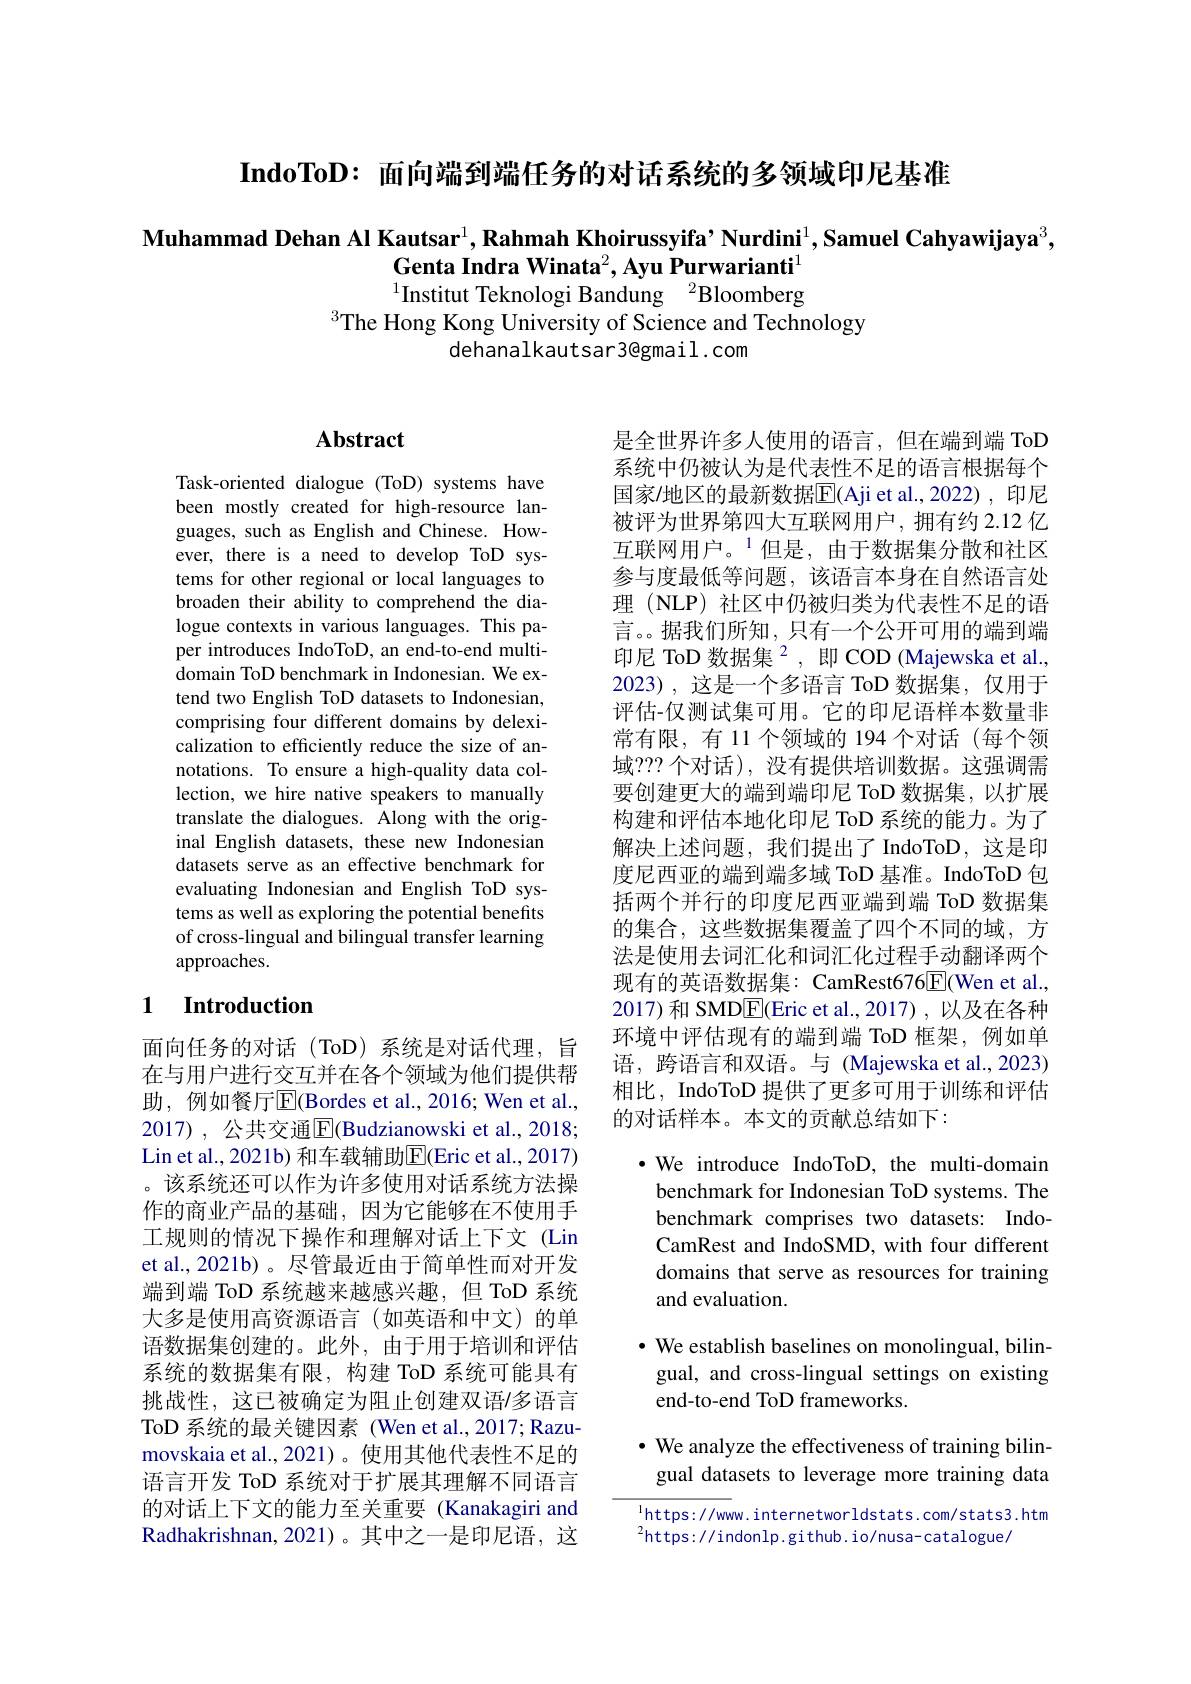
IndoToD: 面向端到端任务的对话系统的多领域印尼基准

Muhammad Dehan Al Kautsar$^1,\textbf{RahmahKhoirussyifa’Nurdini}^1,\textbf{Samuel Cahyawijaya}^3$,
Genta Indra Winata$^2,\textbf{Ayu Purwarianti}^{1}$ $^{1}$Institut Teknologi Bandung$\:^2$Bloomberg
$^{3}$The Hong Kong University of Science and Technology
dehanalkautsar3@gmail.com

## $\mathbf{Abstract}$

Task-oriented dialogue (ToD) systems have been mostly created for high-resource languages, such as English and Chinese. However, there is a need to develop ToD systems for other regional or local languages to broaden their ability to comprehend the dialogue contexts in various languages. This paper introduces IndoToD, an end-to-end multidomain ToD benchmark in Indonesian. We extend two English ToD datasets to Indonesian, comprising four different domains by delexicalization to efficiently reduce the size of annotations. To ensure a high-quality data collection, we hire native speakers to manually translate the dialogues. Along with the original English datasets, these new Indonesian datasets serve as an effective benchmark for evaluating Indonesian and English ToD systems as well as exploring the potential benefits of cross-lingual and bilingual transfer learning approaches.

### 1 $\textbf{Introduction}$

面向任务的对话(ToD)系统是对话代理，旨在与用户进行交互并在各个领域为他们提供帮助，例如餐厅$\overline{\mathrm{E}}($Bordes et al.,2016; Wen et al., 2017) , 公共交通$\boxed{\mathrm{E}}($Budzianowski et al., 2018; Lin et al., 2021b) 和车载辅助$\overline{\mathrm{E}}($Eric et al., 2017) 。该系统还可以作为许多使用对话系统方法操作的商业产品的基础，因为它能够在不使用手工规则的情况下操作和理解对话上下文 (Lin et al.,2021b)。尽管最近由于简单性而对开发端到端 ToD 系统越来越感兴趣，但 ToD 系统大多是使用高资源语言(如英语和中文)的单语数据集创建的。此外，由于用于培训和评估系统的数据集有限，构建 ToD 系统可能具有挑战性，这已被确定为阻止创建双语/多语言ToD 系统的最关键因素 (Wen et al.,2017; Razumovskaia et al.,2021)。使用其他代表性不足的语言开发 ToD 系统对于扩展其理解不同语言的对话上下文的能力至关重要 (Kanakagiri and Radhakrishnan, 2021)。其中之一是印尼语，这

是全世界许多人使用的语言，但在端到端 ToD 系统中仍被认为是代表性不足的语言根据每个国家/地区的最新数据$\overline{\mathbb{E}}($Aji et al.,2022),印尼被评为世界第四大互联网用户，拥有约 2.12 亿互联网用户。$^{1}$但是，由于数据集分散和社区参与度最低等问题，该语言本身在自然语言处理 (NLP) 社区中仍被归类为代表性不足的语言。据我们所知，只有一个公开可用的端到端印尼 ToD 数据集$^2$,即 COD (Majewska et al., 2023),这是一个多语言 ToD 数据集，仅用于评估-仅测试集可用。它的印尼语样本数量非常有限，有 11 个领域的 194 个对话(每个领域？?? 个对话), 没有提供培训数据。这强调需要创建更大的端到端印尼 ToD 数据集，以扩展构建和评估本地化印尼 ToD 系统的能力。为了解决上述问题，我们提出了 IndoToD,这是印度尼西亚的端到端多域 ToD 基准。IndoToD 包括两个并行的印度尼西亚端到端 ToD 数据集的集合，这些数据集覆盖了四个不同的域，方法是使用去词汇化和词汇化过程手动翻译两个现有的英语数据集：CamRest676$\underline{\mathrm{F}}($Wen et al., 2017)和 SMD$\underline{\mathrm{E}}$(Eric et al.,2017),以及在各种环境中评估现有的端到端 ToD 框架，例如单语，跨语言和双语。与 (Majewska et al.,2023) 相比，IndoToD 提供了更多可用于训练和评估的对话样本。本文的贡献总结如下：

$\bullet$ We introduce IndoToD, the multi-domain benchmark for Indonesian ToD systems. The benchmark comprises two datasets: IndoCamRest and IndoSMD, with four different domains that serve as resources for training and evaluation.

· We establish baselines on monolingual, bilin-
gual, and cross-lingual settings on existing
## end-to-end ToD frameworks.

· We analyze the effectiveness of training bilin-
gual datasets to leverage more training data

$^{1}$https://www. internetworldstats.com/stats3.htm
$^{2}$https://indonlp.github.io/nusa-catalogue/